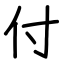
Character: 付